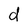
Character: d